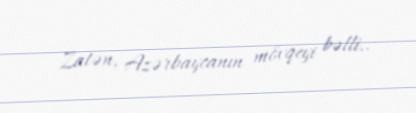
Zatən, Azərbaycanın mövqeyi bəlli..